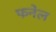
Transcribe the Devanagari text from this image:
फनेल